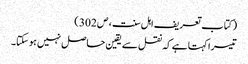
( کتاب تعریف اہل سنت ، ص 302 )
تیسرا کہتا ہے کہ نقل سے یقین حاصل نہیں ہوسکتا۔